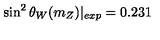
\sin ^ { 2 } \theta _ { W } ( m _ { Z } ) | _ { e x p } = 0 . 2 3 1